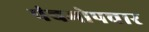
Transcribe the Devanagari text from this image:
पंचमोपचार